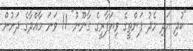
"ކުދި އަދި މެދު ފަންތީގެ ވިޔަފާރީގެ ގާނޫނު" 11 ވަނަ މާއްދާގެ ދަށުން